Notes on vaccination in the North-West Frontier Province 1923-1928 - 1923-1928
Year: 1923
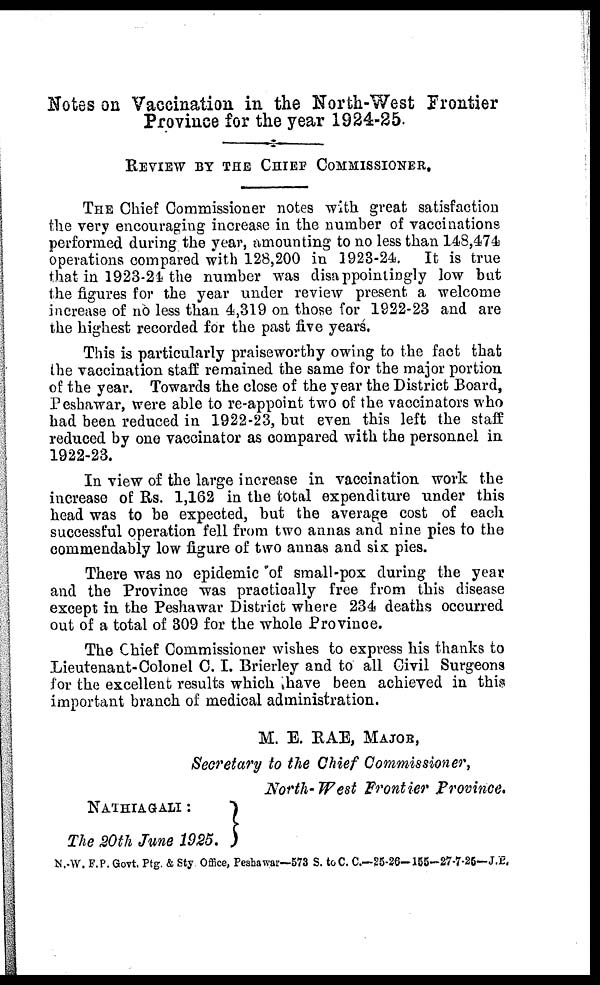
Notes on Vaccination in the North-West Frontier
Province for the year 1924-25.
REVIEW BY THE CHIEF COMMISSIONER.
THE Chief Commissioner notes with great satisfaction
the very encouraging increase in the number of vaccinations
performed during the year, amounting to no less than 148,474
operations compared with 128,200 in 1923-24. It is true
that in 1923-24 the number was disappointingly low but
the figures for the year under review present a welcome
increase of no less than 4,319 on those for 1922-23 and are
the highest recorded for the past five years.
This is particularly praiseworthy owing to the fact that
the vaccination staff remained the same for the major portion
of the year. Towards the close of the year the District Board,
Peshawar, were able to re-appoint two of the vaccinators who
had been reduced in 1922-23, but even this left the staff
reduced by one vaccinator as compared with the personnel in
1922-23.
In view of the large increase in vaccination work the
increase of Rs. 1,162 in the total expenditure under this
head was to be expected, but the average cost of each
successful operation fell from two annas and nine pies to the
commendably low figure of two annas and six pies.
There was no epidemic of small-pox during the year
and the Province was practically free from this disease
except in the Peshawar District where 234 deaths occurred
out of a total of 309 for the whole Province.
The Chief Commissioner wishes to express his thanks to
Lieutenant-Colonel C. I. Brierley and to all Civil Surgeons
for the excellent results which have been achieved in this
important branch of medical administration.
M. E. RAE, MAJOR,
Secretary to the Chief Commissioner,
North- West Frontier Province.
NATHIA GALI :
The 20th June 1925.
N.-W. F.P. Govt. Ptg. & Sty Office, Peshawar—573 S. to C. C— 25-26—155—27-7-25—J.P.